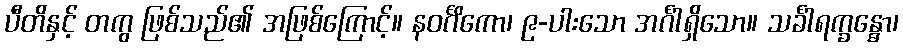
ပီတိနှင့် တကွ ဖြစ်သည်၏ အဖြစ်ကြောင့်။ နဝင်္ဂိကော၊ ၉-ပါးသော အင်္ဂါရှိသော။ သင်္ခါရက္ခန္ဓော၊